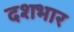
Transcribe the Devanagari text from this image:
दशभार